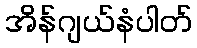
အိန်ဂျယ်နံပါတ်